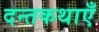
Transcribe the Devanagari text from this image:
दन्तकथाएँ